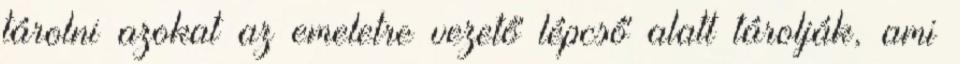
tárolni azokat az emeletre vezető lépcső alatt tárolják, ami